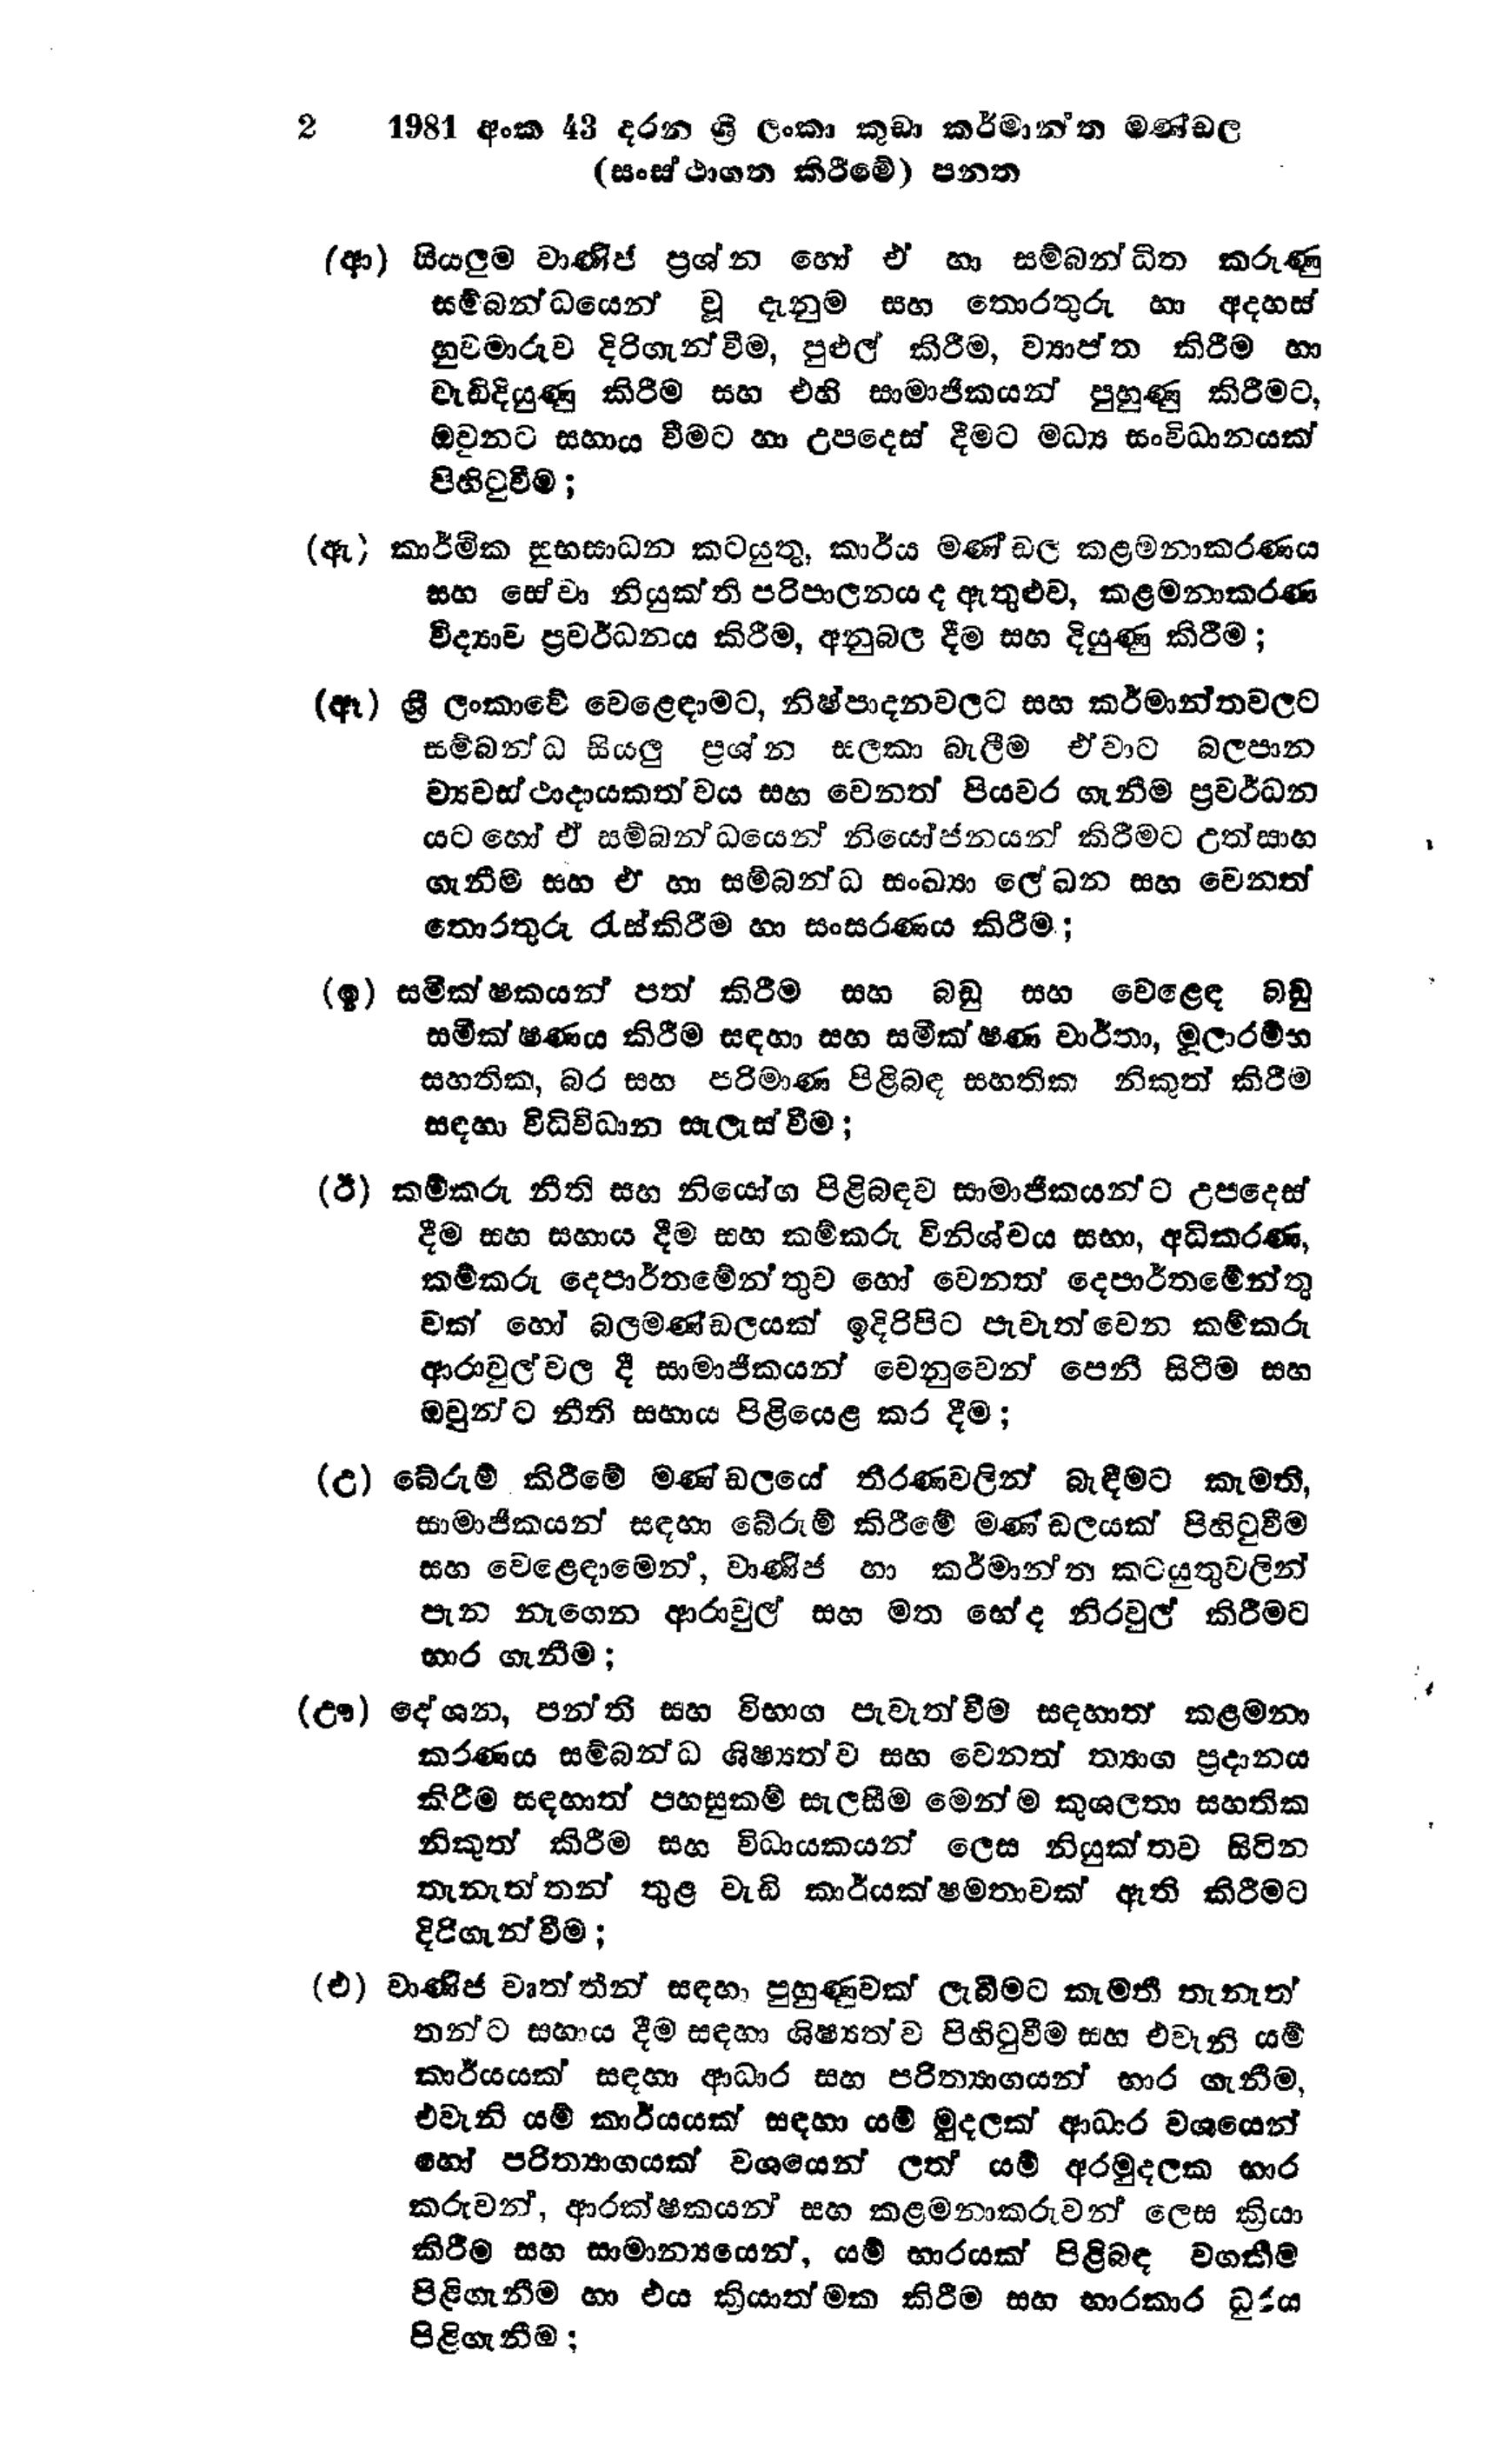
2 1981 අංක 43 දරන ශ්‍රී ලංකා කුඩා කර්මාන්ත මණ්ඩල
(සංස්ථාගත කිරීමේ) පනත

(ආ) සියලුම වාණිජ ප්‍රශ්න හෝ ඒ හා සම්බන්ධිත කරුණු
සම්බන්ධයෙන් වූ දැනුම සහ තොරතුරු හා අදහස්
හුවමාරුව දිරිගැන්වීම, පුළුල් කිරීම, ව්‍යාප්ත කිරීම හා
වැඩිදියුණු කිරීම සහ එහි සාමාජිකයන් පුහුණු කිරීමට,
ඔවුනට සහාය වීමට හා උපදෙස් දීමට මධ්‍ය සංවිධානයක්
පිහිටුවීම;

(ඇ) කාර්මික සුභසාධන කටයුතු, කාර්ය මණ්ඩල කළමනාකරණය
සහ සේවා නියුක්ති පරිපාලනය ද ඇතුළුව, කළමනාකරණ
විද්‍යාව ප්‍රවර්ධනය කිරීම, අනුබල දීම සහ දියුණු කිරීම;

(ඈ) ශ්‍රී ලංකාවේ වෙළෙඳාමට, නිෂ්පාදනවලට සහ කර්මාන්තවලට
සම්බන්ධ සියලු ප්‍රශ්න සලකා බැලීම ඒවාට බලපාන
ව්‍යවස්ථාදායකත්වය සහ වෙනත් පියවර ගැනීම ප්‍රවර්ධන
යට හෝ ඒ සම්බන්ධයෙන් නියෝජනයන් කිරීමට උත්සාහ
ගැනීම සහ ඒ හා සම්බන්ධ සංඛ්‍යා ලේඛන සහ වෙනත්
තොරතුරු රැස්කිරීම හා සංසරණය කිරීම;

(ඉ) සමීක්ෂකයන් පත් කිරීම සහ බඩු සහ වෙළෙඳ බඩු
සමීක්ෂණය කිරීම සඳහා සහ සමීක්ෂණ වාර්තා, මුලාරම්භ
සහතික, බර සහ පරිමාණ පිළිබඳ සහතික නිකුත් කිරීම
සඳහා විධිවිධාන සැලැස්වීම;

(ඊ) කම්කරු නීති සහ නියෝග පිළිබඳව සාමාජිකයන්ට උපදෙස්
දීම සහ සහාය දීම සහ කම්කරු විනිශ්චය සභා, අධිකරණ,
කම්කරු දෙපාර්තමේන්තුව හෝ වෙනත් දෙපාර්තමේන්තු
වක් හෝ බල මණ්ඩලයක් ඉදිරිපිට පැවැත්වෙන කම්කරු
ආරාවුල් වල දී සාමාජිකයන් වෙනුවෙන් පෙනී සිටීම සහ
ඔවුන්ට නීති සහාය පිළියෙළ කර දීම;

(උ) බේරුම් කිරීමේ මණ්ඩලයේ තීරණවලින් බැඳීමට කැමති,
සාමාජිකයන් සඳහා බේරුම් කිරීමේ මණ්ඩලයක් පිහිටුවීම
සහ වෙළෙඳාමෙන්, වාණිජ හා කර්මාන්ත කටයුතුවලින්
පැන නැගෙන ආරාවුල් සහ මත භේද නිරවුල් කිරීමට
භාර ගැනීම;

(ඌ) දේශන, පන්ති සහ විභාග පැවැත්වීම සඳහාත් කළමනා
කරණය සම්බන්ධ ශිෂ්‍යත්ව සහ වෙනත් ත්‍යාග ප්‍රදානය
කිරීම සඳහාත් පහසුකම් සැලසීම මෙන්ම කුශලතා සහතික
නිකුත් කිරීම සහ විධායකයන් ලෙස නියුක්තව සිටින
තැනැත්තන් තුළ වැඩි කාර්යක්ෂමතාවක් ඇති කිරීමට
දිරිගැන්වීම;

(එ) වාණිජ වෘත්තීන් සඳහා පුහුණුවක් ලැබීමට කැමති තැනැත්
තන්ට සහාය දීම සඳහා ශිෂ්‍යත්ව පිහිටුවීම සහ එවැනි යම්
කාර්යයක් සඳහා ආධාර සහ පරිත්‍යාගයන් භාර ගැනීම,
එවැනි යම් කාර්යයක් සඳහා යම් මුදලක් ආධාර වශයෙන්
හෝ පරිත්‍යාගයක් වශයෙන් ලත් යම් අරමුදලක භාර
කරුවන්, ආරක්ෂකයන් සහ කළමනාකරුවන් ලෙස ක්‍රියා
කිරීම සහ සාමාන්‍යයෙන්, යම් භාරයක් පිළිබඳ වගකීම
පිළිගැනීම හා එය ක්‍රියාත්මක කිරීම සහ භාරකාර ධුරය
පිළිගැනීම ;